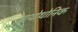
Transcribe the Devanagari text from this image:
ब्रायोथोनिक